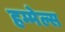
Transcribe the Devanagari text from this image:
हम्मेल्स